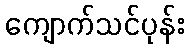
ကျောက်သင်ပုန်း